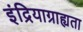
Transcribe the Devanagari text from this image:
इंद्रियाग्राह्यता